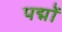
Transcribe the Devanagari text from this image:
पद्मों